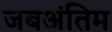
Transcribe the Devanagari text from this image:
जबअंतिम